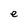
Character: e